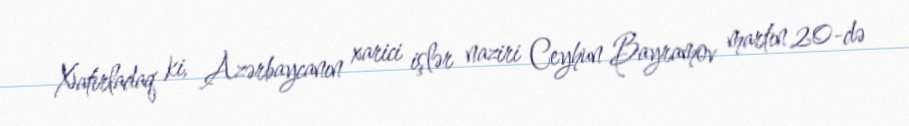
Xatırladaq ki, Azərbaycanın xarici işlər naziri Ceyhun Bayramov martın 20-də